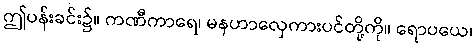
ဤပန်းခင်း၌။ ကဏီကာရေ၊ မနဟာလှေကားပင်တို့ကို။ ရောပယေ၊